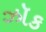
ઝૉક